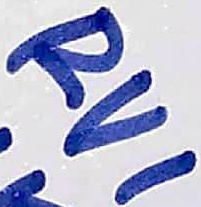
Text: RV1